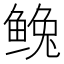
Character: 𩾅